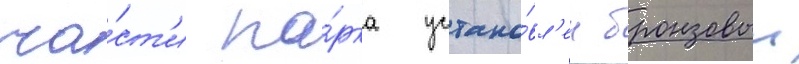
ча́ст'и па́рка устано́вл'ен бронзовыи